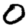
Digit: 0